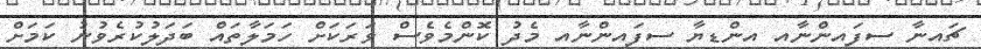
ޗައިނާ ސިފައިންނާއި އިންޑިޔާ ސިފައިންނާއި މެދު ކޮންމެވެސް ވަރަކަށް ހަމަލާތައް ބަދަލުކުރެވުނު ކަމަށް